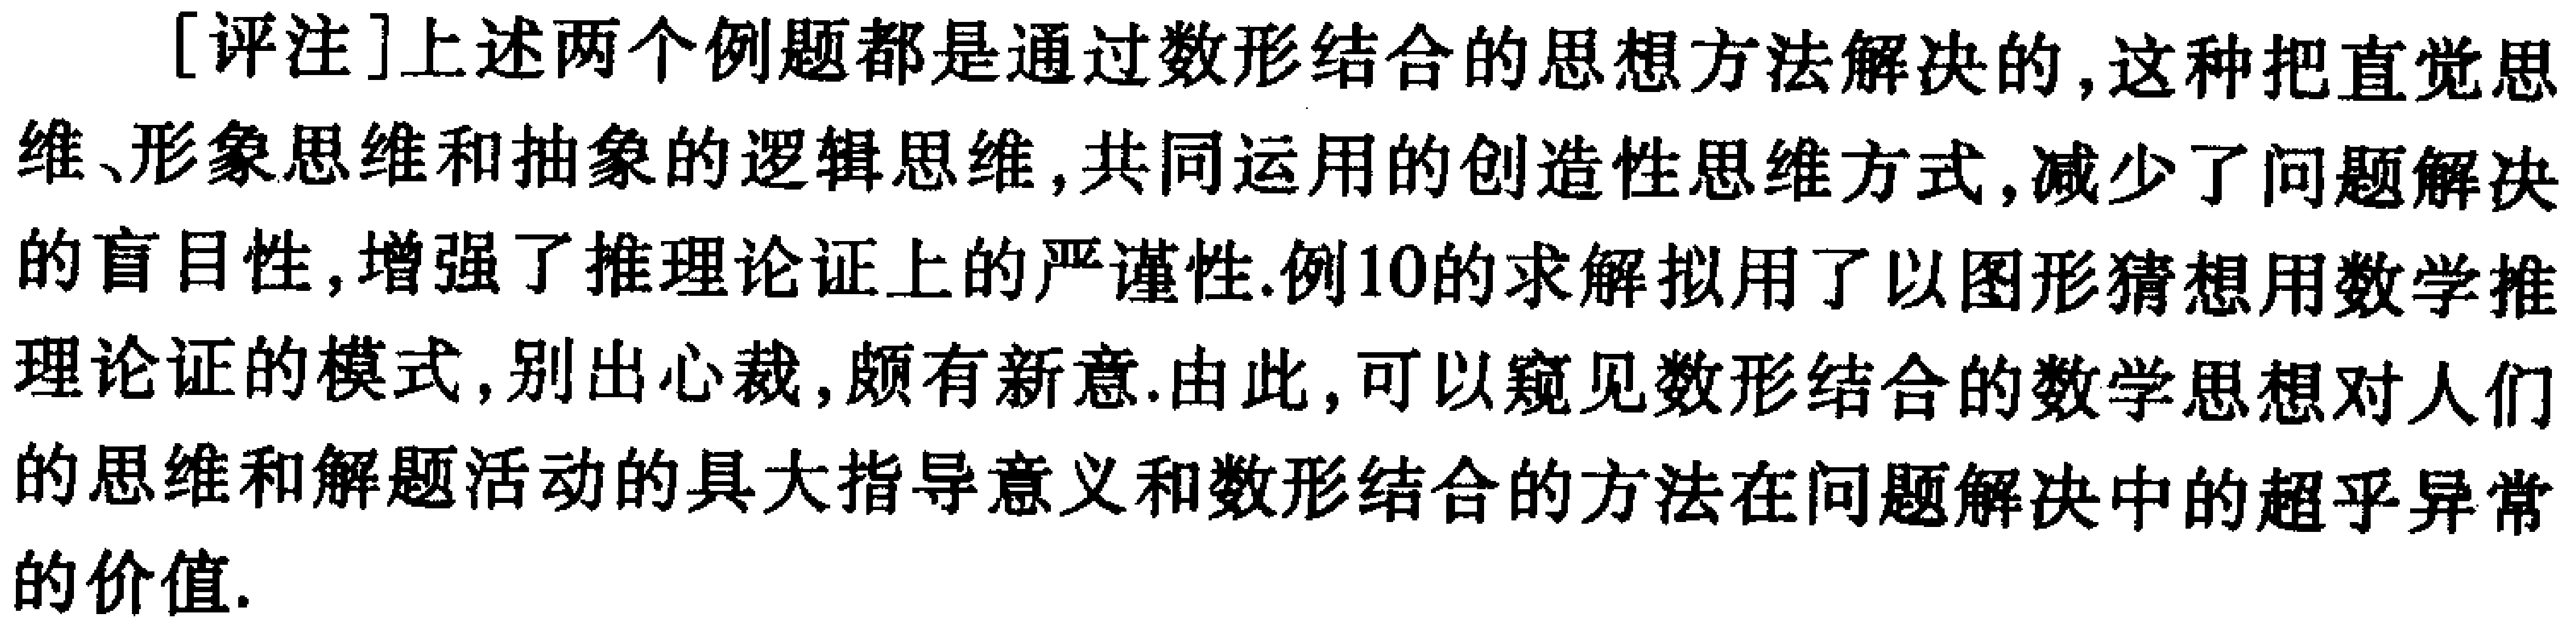
[评注]上述两个例题都是通过数形结合的思想方法解决的,这种把直觉思维、形象思维和抽象的逻辑思维,共同运用的创造性思维方式,减少了问题解决的盲目性,增强了推理论证上的严谨性.例10的求解拟用了以图形猜想用数学推理论证的模式,别出心裁,颇有新意.由此,可以窥见数形结合的数学思想对人们的思维和解题活动的具大指导意义和数形结合的方法在问题解决中的超乎异常的价值.